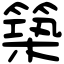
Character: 築